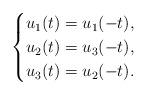
LaTeX: \begin{align*} \begin{cases} u_1(t) = u_1(-t),\\ u_2(t) = u_3(-t),\\ u_3(t) = u_2(-t). \end{cases} \end{align*}